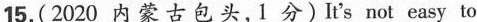
15.(2020 内蒙古包头,1 分)It's not easy to